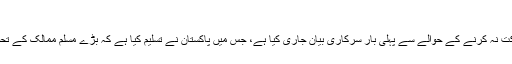
'بڑے مسلم ممالک کے تحفظات تھے'
پاکستان کے دفتر خارجہ نے کوالالمپور سربراہ اجلاس میں شرکت نہ کرنے کے حوالے سے پہلی بار سرکاری بیان جاری کیا ہے، جس میں پاکستان نے تسلیم کیا ہے کہ بڑے مسلم ممالک کے تحفظات دور کرنے کے لیے وقت اور کوششوں کی ضرورت ہے۔